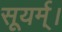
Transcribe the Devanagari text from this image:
सूयर्म्।